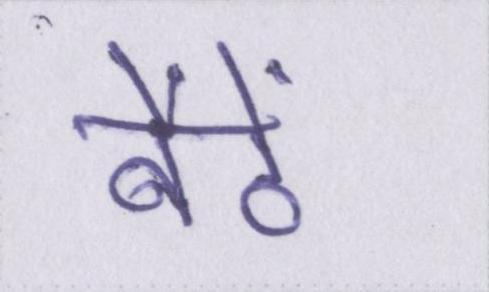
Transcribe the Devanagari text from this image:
बैठें